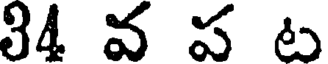
34 వ ప ట